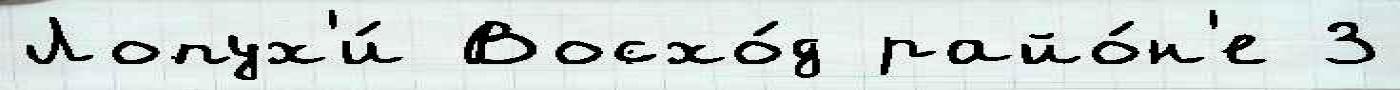
Лопух'и́ Восхо́д райо́н'е 3